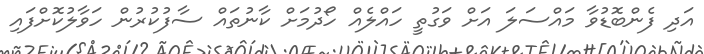
އަދި ފެންބޮޑުވާ މައްސަލަ އަށް ވަގުތީ ހައްލެއް ހޯދުމަށް ކާނުތައް ސާފުކުރުން ހަވާލުކޮށްފައި